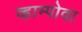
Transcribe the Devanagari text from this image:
व्हाम्पोवा